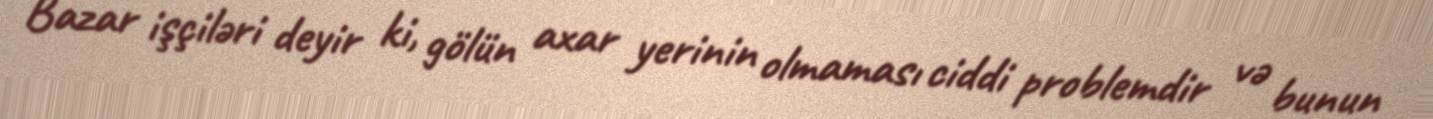
Bazar işçiləri deyir ki, gölün axar yerinin olmaması ciddi problemdir və bunun